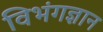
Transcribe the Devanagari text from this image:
विभंगज्ञान